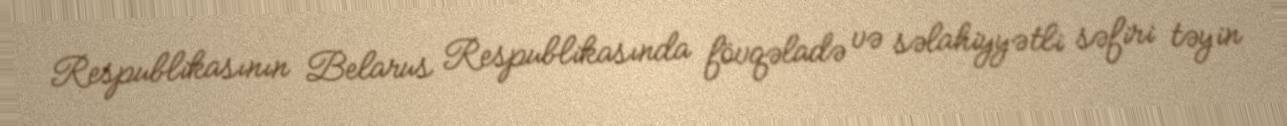
Respublikasının Belarus Respublikasında fövqəladə və səlahiyyətli səfiri təyin